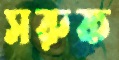
সরুক